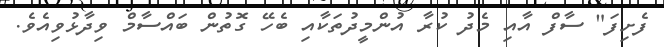
ފެށިފަ" ސާފް އާއި މެދު ކުރާ އުންމީދުތަކާއި ބެހޭ ގޮތުން ބައްސާމް ވިދާޅުވިއެވެ.